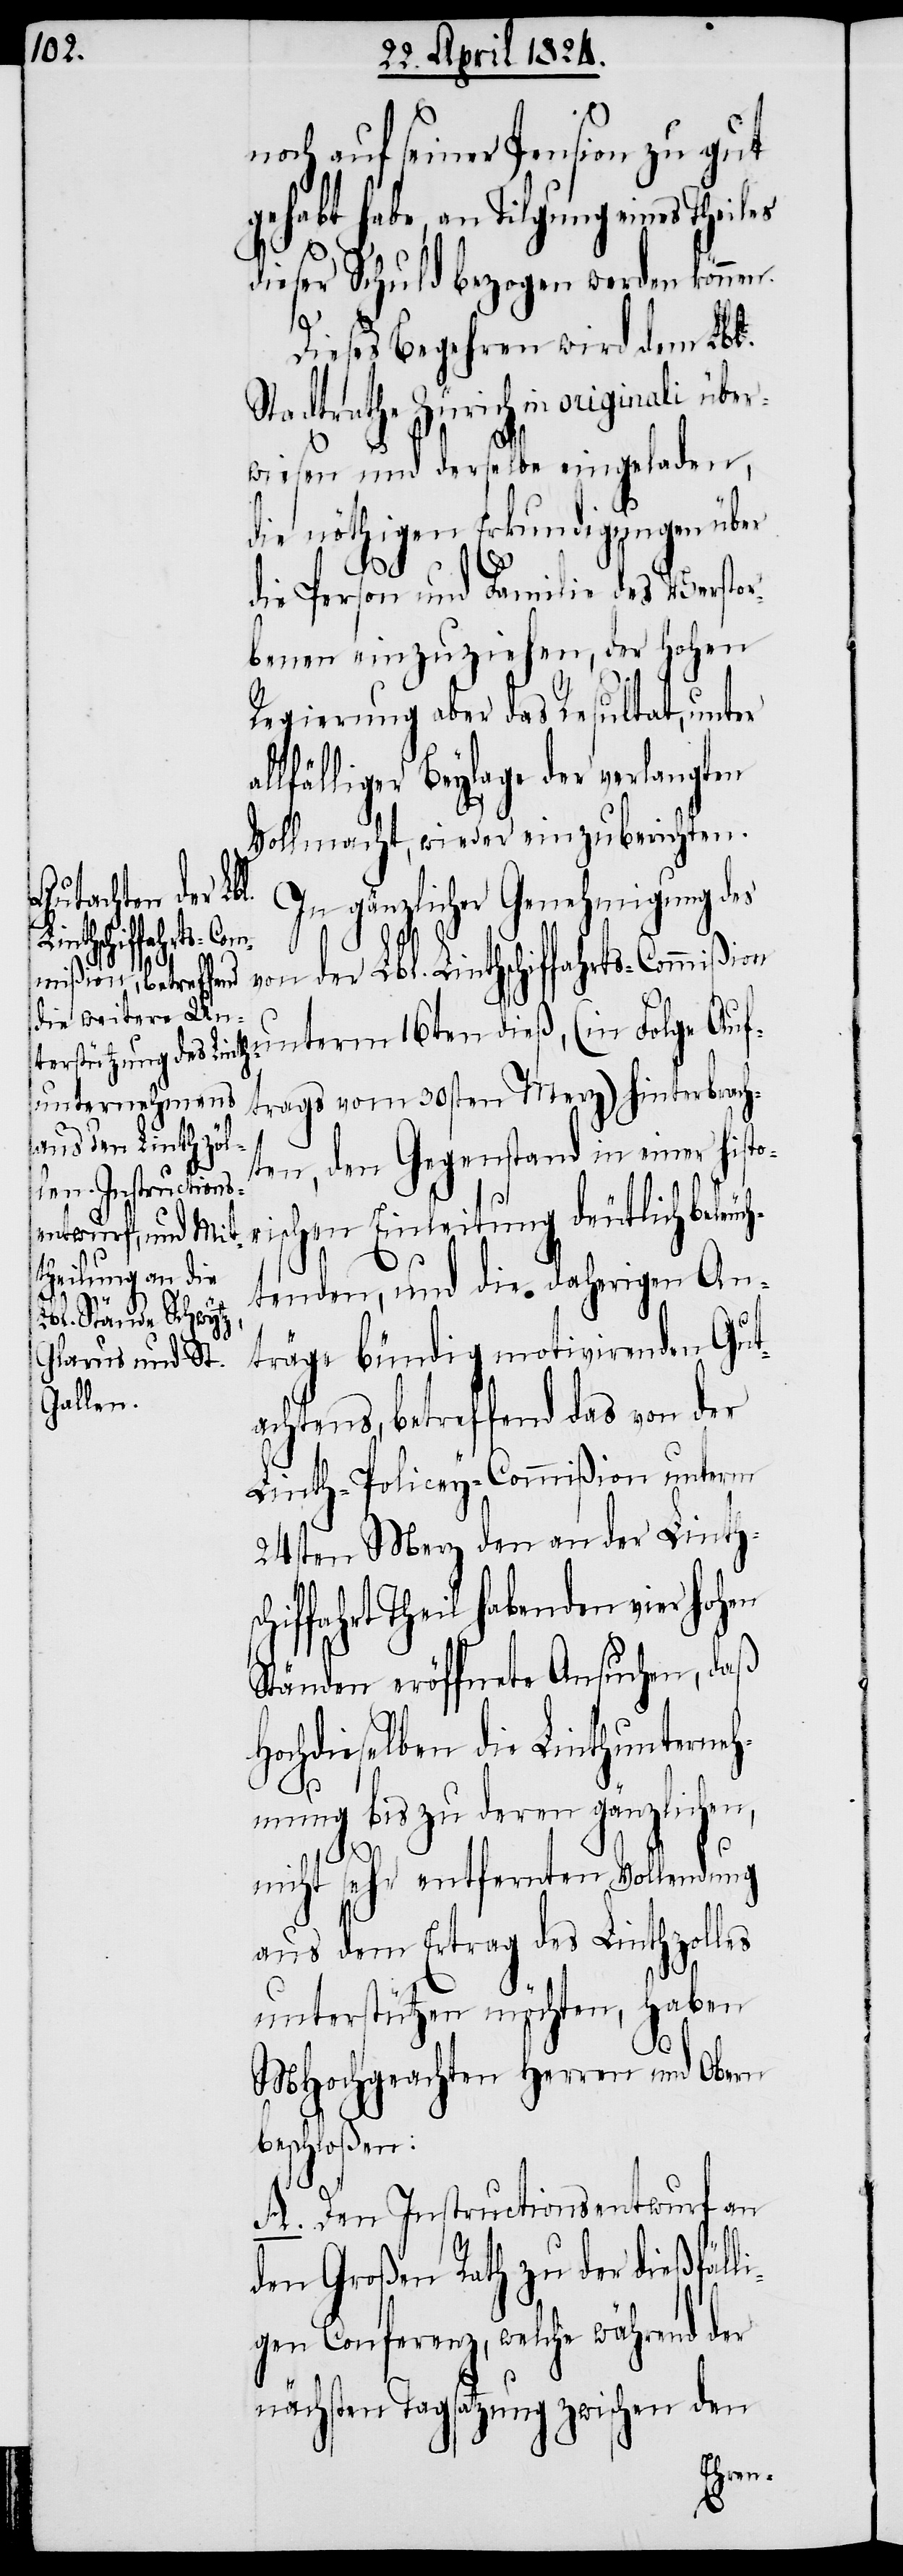
noch auf seiner Pension zu gut
gehabt habe, an Tilgung eines Theiles
uch¬
dieser Schuld bezogen werden könne¬
Dieses Begehren wird dem Lbl.
Stadtrathe Zürich in originali über¬
wiesen und derselbe eingeladen,
die nöthigen Erkundigungen über
Auf¬
die Person und Familie des Verstor¬
benen einzuziehen, der hohen
Regierung aber das Resultat, unter
llfälliger Beylage der verlangten
Vollmacht, wieder einzuberichten.
In gänzlicher Genehmigung des
a¬
von der Lbl. Linthschiffahrts-Commißion
dieß, (in Folge
trags vom 30sten Merz) hinterbrach¬
ten, den Gegenstand in einer histo¬
rischen Einleitung deutlich bele¬
n.
tenden, und die daherigen An¬
träge bündig motivirenden Gut¬
achtens, betreffend das von der
Linth-Policey-Commißion unterm
24sten Merz den an der Linthsc¬
hiffahrt Theil habenden vier hohen
Ständen eröffnete Ansuchen, daß
Hochdieselben die Linthunterneh¬
mung bis zu deren gänzlichen,
nicht sehr entfernten Vollendung
aus dem Ertrag des Linthzolles
unterstützen möchten, haben
MHochgeachten Herren und Obern
beschloßen:
A.) Den Instructionsentwurf an
den Großen Rath zu der dießfäll¬
igen Conferenz, welche während der
nächsten Tagsatzung zwischen den